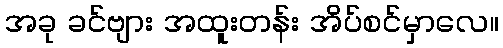
အခု ခင်ဗျား အထူးတန်း အိပ်စင်မှာလေ။